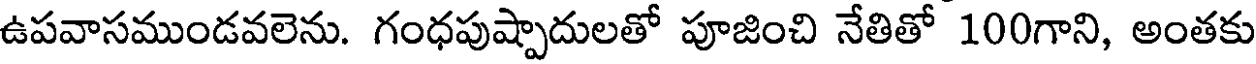
ఉపవాసముండవలెను. గంధపుష్పాదులతో పూజించి నేతితో 100గాని, అంతకు